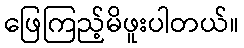
ဖြေကြည့်မိဖူးပါတယ်။